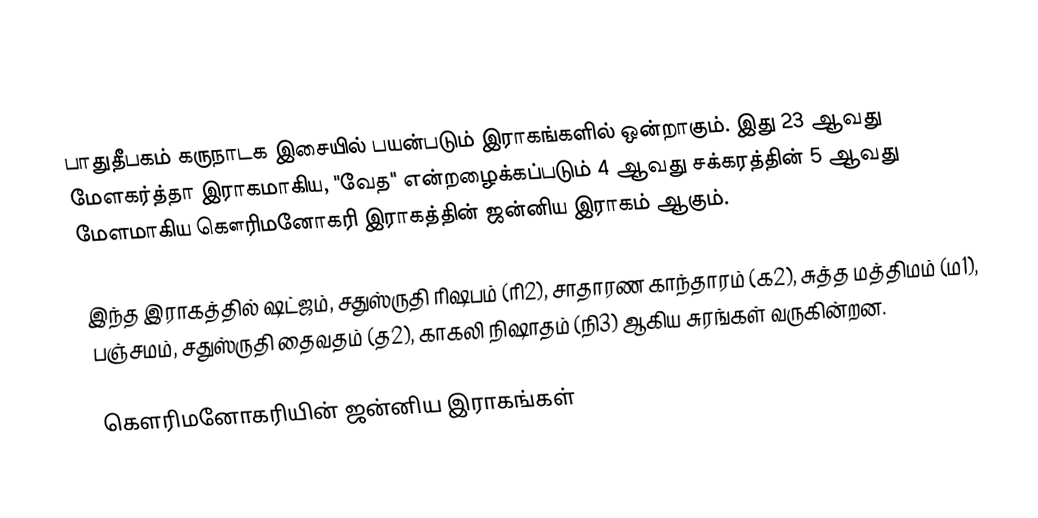
பாதுதீபகம் கருநாடக இசையில் பயன்படும் இராகங்களில் ஒன்றாகும். இது 23 ஆவது மேளகர்த்தா இராகமாகிய, "வேத" என்றழைக்கப்படும் 4 ஆவது சக்கரத்தின் 5 ஆவது மேளமாகிய கௌரிமனோகரி இராகத்தின் ஜன்னிய இராகம் ஆகும்.

இந்த இராகத்தில் ஷட்ஜம், சதுஸ்ருதி ரிஷபம் (ரி2),  சாதாரண காந்தாரம் (க2), சுத்த மத்திமம் (ம1), பஞ்சமம்,  சதுஸ்ருதி தைவதம் (த2), காகலி நிஷாதம்  (நி3) ஆகிய சுரங்கள் வருகின்றன.

கௌரிமனோகரியின் ஜன்னிய இராகங்கள்